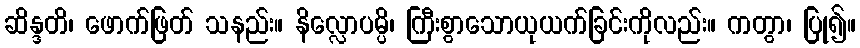
ဆိန္ဒတိ၊ ဖောက်ဖြတ် သနည်း။ နိလ္လောပမ္ပိ၊ ကြီးစွာသောယုယက်ခြင်းကိုလည်း။ ကတွာ၊ ပြု၍။